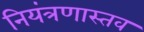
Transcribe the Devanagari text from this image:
नियंत्रणास्तव